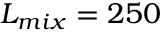
L _ { m i x } = 2 5 0